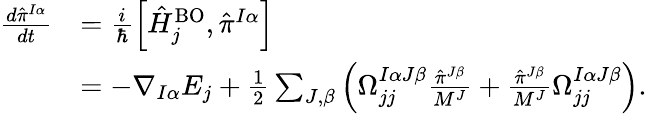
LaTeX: \begin{array}{rl}{\frac{d{\hat{\pi}}^{I\alpha}}{dt}}&{=\frac i{\hbar}\left[\hat{H}_{j}^{\mathrm{BO}},{\hat{\pi}^{I\alpha}}\right]}\\ &{=-\nabla_{I\alpha}E_{j}+\frac 12\sum_{J,\beta}\left(\Omega_{jj}^{I\alpha J\beta}\frac{{\hat{\pi}}^{J\beta}}{M^{J}}+\frac{{\hat{\pi}}^{J\beta}}{M^{J}}\Omega_{jj}^{I\alpha J\beta}\right).}\end{array}